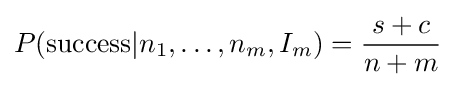
P({\text{success}}|n_{1},\ldots ,n_{m},I_{m})={s+c \over n+m}